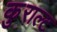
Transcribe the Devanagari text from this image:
कुराल्ट